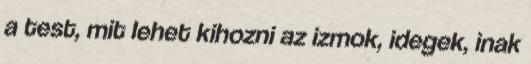
a test, mit lehet kihozni az izmok, idegek, inak